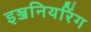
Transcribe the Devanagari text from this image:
इञ्जनियरिंग